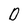
Character: D